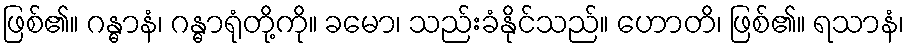
ဖြစ်၏။ ဂန္ဓာနံ၊ ဂန္ဓာရုံတို့ကို။ ခမော၊ သည်းခံနိုင်သည်။ ဟောတိ၊ ဖြစ်၏။ ရသာနံ၊